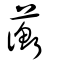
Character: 蘅